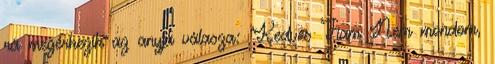
rá megérkezik az anyja válasza: "Kedves Fiam Nem mondom,